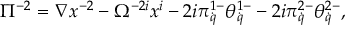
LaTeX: \Pi ^ { - 2 } = \nabla x ^ { - 2 } - \Omega ^ { - 2 i } x ^ { i } - 2 i \pi _ { \dot { q } } ^ { 1 - } \theta _ { \dot { q } } ^ { 1 - } - 2 i \pi _ { \dot { q } } ^ { 2 - } \theta _ { \dot { q } } ^ { 2 - } ,